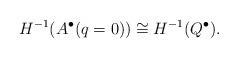
LaTeX: \begin{align*}H^{-1}(A^\bullet(q=0)) \cong H^{-1}(Q^\bullet).\end{align*}